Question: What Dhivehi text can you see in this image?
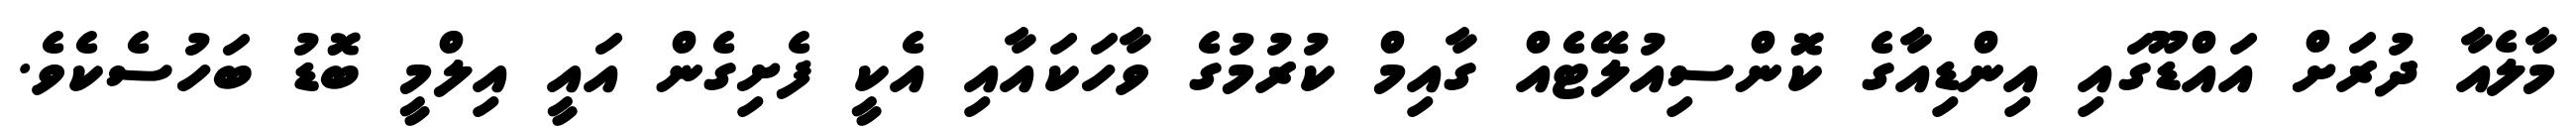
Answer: މާލެއާ ދުރަށް އައްޑޫގައި އިންޑިއާގެ ކޮންސިއުލޭޓެއް ގާއިމް ކުރުމުގެ ވާހަކައާއި އެކީ ފެށިގެން އައީ އިލްމީ ބޮޑު ބަހުސެކެވެ.